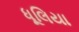
ધૂલિયા